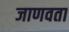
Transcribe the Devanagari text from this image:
जाणवता